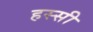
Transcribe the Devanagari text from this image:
हस्सी